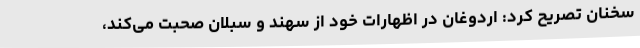
سخنان تصریح کرد: اردوغان در اظهارات خود از سهند و سبلان صحبت می‌کند،